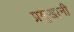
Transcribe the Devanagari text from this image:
प्रमुखानी